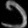
Digit: ၁